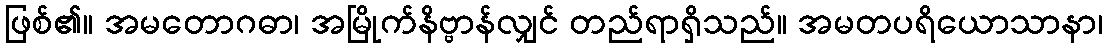
ဖြစ်၏။ အမတောဂဓာ၊ အမြိုက်နိဗ္ဗာန်လျှင် တည်ရာရှိသည်။ အမတပရိယောသာနာ၊